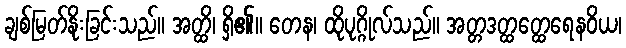
ချစ်မြတ်နိုးခြင်းသည်။ အတ္ထိ၊ ရှိ၏။ တေန၊ ထိုပုဂ္ဂိုလ်သည်။ အတ္တဒတ္ထတ္ထေရေနဝိယ၊